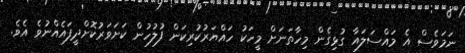
ނަމަވެސް އެ މައްސަލައާ ގުޅިގެން މިހާތަނަށް މީހަކު ހައްޔަރުކުރިކަން ފުލުހުން ކަށަވަރުކޮށްދީފައެއްނުވެ އެވެ.